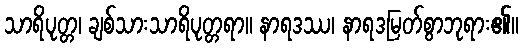
သာရိပုတ္တ၊ ချစ်သားသာရိပုတ္တရာ။ နာရဒဿ၊ နာရဒမြတ်စွာဘုရား၏။